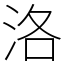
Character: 洛